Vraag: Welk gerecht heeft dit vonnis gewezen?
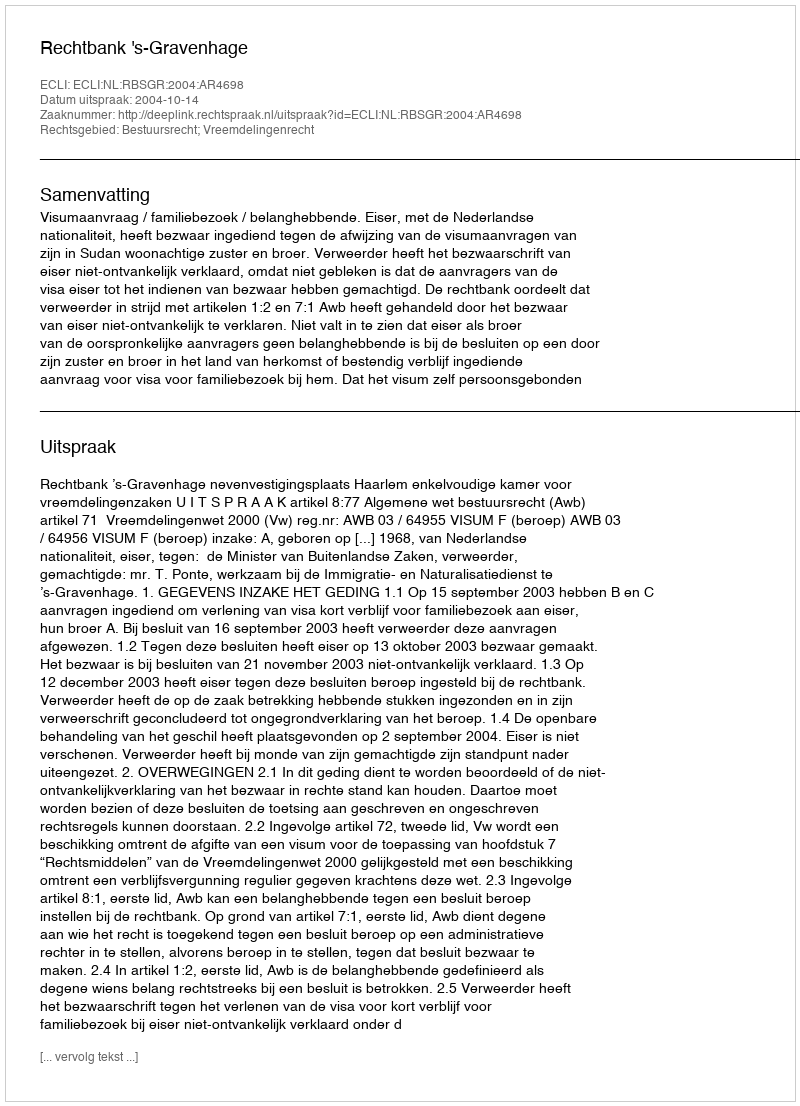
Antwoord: Rechtbank 's-Gravenhage